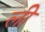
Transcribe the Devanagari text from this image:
लीे